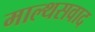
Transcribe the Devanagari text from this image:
माल्थसवाद